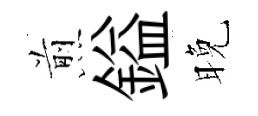
煎鎰晚